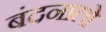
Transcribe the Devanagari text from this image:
बंदनालो